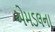
એમડલના